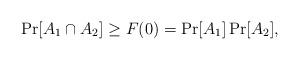
LaTeX: \begin{align*}\Pr[A_1 \cap A_2] \geq F(0) = \Pr[A_1] \Pr[A_2],\end{align*}